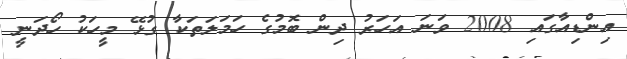
އިންޑިއާގައި 2008 ވަނަ އަހަރު ދިން ބޮމުގެ ހަމަލަތަކާ ގުޅޭ މީހަކު ހޯދަނީ